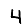
Digit: 4